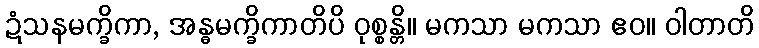
ဍံသနမက္ခိကာ, အန္ဓမက္ခိကာတိပိ ဝုစ္စန္တိ။ မကသာ မကသာ ဧဝ။ ဝါတာတိ